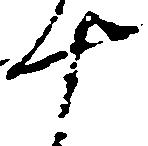
十